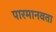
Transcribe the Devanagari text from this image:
पारमानवता